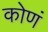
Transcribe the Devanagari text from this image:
कोणं